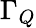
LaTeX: \Gamma_{Q}